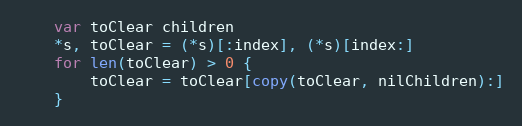
Language: Go
	var toClear children
	*s, toClear = (*s)[:index], (*s)[index:]
	for len(toClear) > 0 {
		toClear = toClear[copy(toClear, nilChildren):]
	}